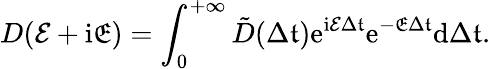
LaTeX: D(\mathcal{E}+\mathrm{i}\mathfrak{E})=\int_{0}^{+\infty}\tilde{D}(\Delta\mathfrak{t})\mathrm{e}^{\mathrm{i}\mathcal{E}\Delta\mathfrak{t}}\mathrm{e}^{-\mathfrak{E}\Delta\mathfrak{t}}\mathrm{d}{\Delta\mathfrak{t}}.